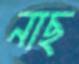
নাছ